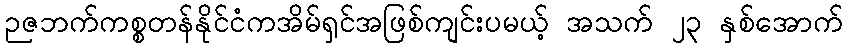
ဉဇဘက်ကစ္စတန်နိုင်ငံကအိမ်ရှင်အဖြစ်ကျင်းပမယ့် အသက် ၂၃ နှစ်အောက်